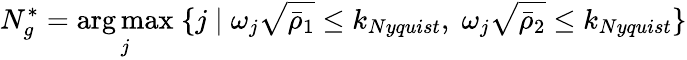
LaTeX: N_{g}^{*}=\underset{j}{\mathrm{arg\, max}}\; \{ j\; |\; \omega_{j}\sqrt{\bar{\rho}_{1}}\leq k_{Nyquist},\; \omega_{j}\sqrt{\bar{\rho}_{2}}\leq k_{Nyquist}\}